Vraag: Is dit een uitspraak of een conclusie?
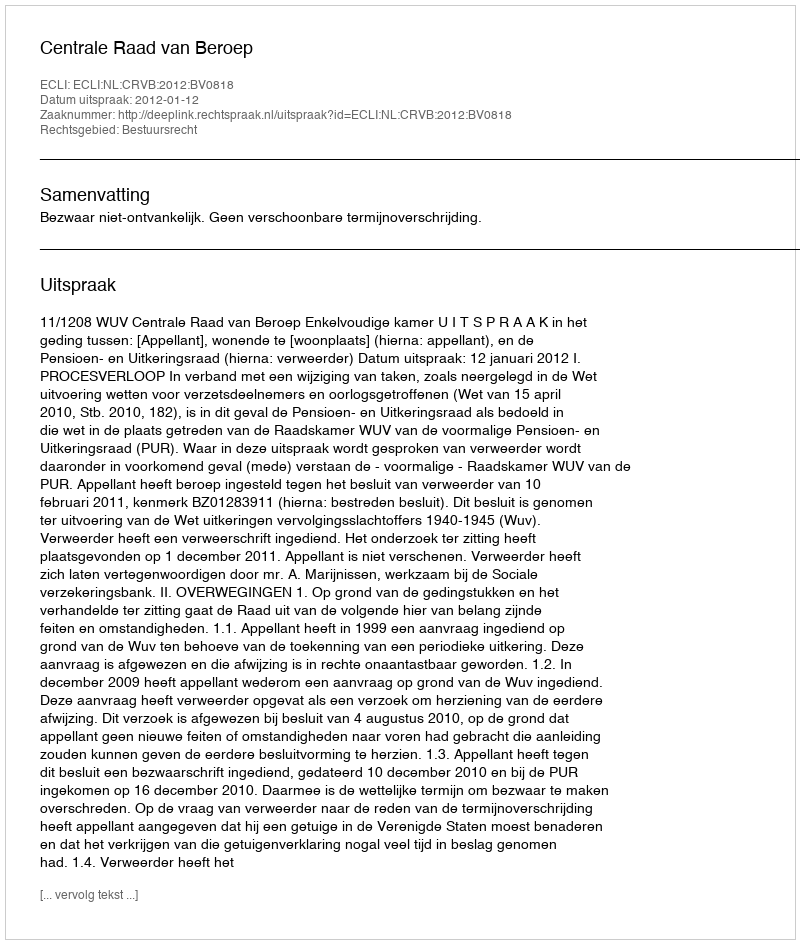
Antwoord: Uitspraak